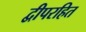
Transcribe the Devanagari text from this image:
द्वीपरहित